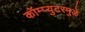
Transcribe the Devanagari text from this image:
कॉम्प्युटरमुळे